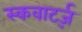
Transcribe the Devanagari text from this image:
स्कवार्ट्ज़